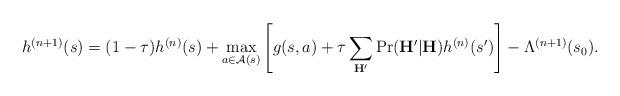
LaTeX: \begin{align*}h^{(n+1)}(s) = (1-\tau)h^{(n)}(s) + \max_{a\in \mathcal{A}(s)}\left[ g(s, a) + \tau\sum_{ \mathbf{H}'} \mathrm{Pr} (\mathbf{H}'|\mathbf{H})h^{(n)}(s')\right] - \Lambda^{(n+1)}(s_0). \end{align*}